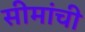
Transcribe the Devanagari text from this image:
सीमांची